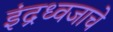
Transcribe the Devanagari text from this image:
इंद्रध्वजाचे